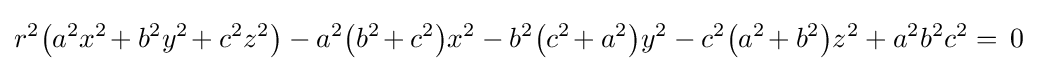
r^{2}{\big (}a^{2}x^{2\!}+b^{2}y^{2\!}+c^{2}z^{2}{\big )}-a^{2}{\big (}b^{2\!}+c^{2}{\big )}x^{2}-b^{2}{\big (}c^{2\!}+a^{2}{\big )}y^{2}-c^{2}{\big (}a^{2\!}+b^{2}{\big )}z^{2}+a^{2}b^{2}c^{2}=\,0